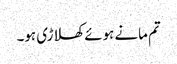
تم مانے ہوئے کھلاڑی ہو۔